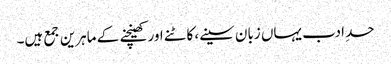
حدِ ادب یہاں زبان سینے، کاٹنے اور کھینچنے کے ماہرین جمع ہیں۔